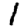
Digit: 1